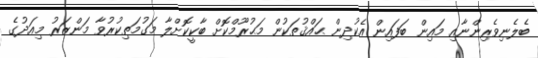
ބެލެނިވެރިންނާއި މައިން ބަފައިން އެކުދިން ޙައްޤުތަކުން މަޙުރޫމްކޮށް ބާކީކޮށްލާ މަގުމަތިކުރުވާ މަންޒަރު މިއަދުގެ